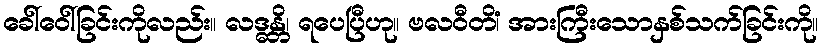
ခေါ်ဝေါ်ခြင်းကိုလည်း။ လဒ္ဓန္တိ၊ ရပေပြီဟု။ ဗလဝီတိံ၊ အားကြီးသောနှစ်သက်ခြင်းကို။